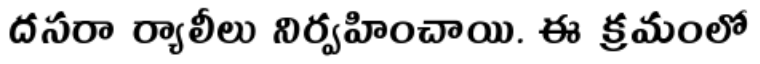
దసరా ర్యాలీలు నిర్వహించాయి. ఈ క్రమంలో